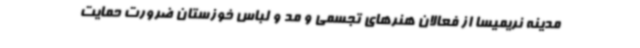
مدینه نریمیسا از فعالان هنرهای تجسمی و مد و لباس خوزستان ضرورت حمایت